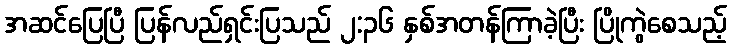
အဆင်ပြေပြီ ပြန်လည်ရှင်းပြသည် ၂:၃၆ နှစ်အတန်ကြာခဲ့ပြီး ပြိုကွဲစေသည့်